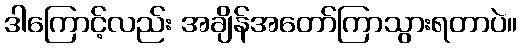
ဒါကြောင့်လည်း အချိန်အတော်ကြာသွားရတာပဲ။